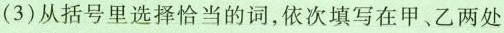
(3)从括号里选择恰当的词，依次填写在甲、乙两处